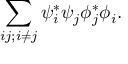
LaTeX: \sum _ { i j ; i \neq j } \psi _ { i } ^ { * } \psi _ { j } \phi _ { j } ^ { * } \phi _ { i } .